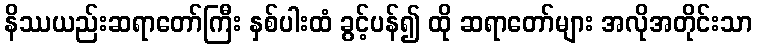
နိဿယည်းဆရာတော်ကြီး နှစ်ပါးထံ ခွင့်ပန်၍ ထို ဆရာတော်များ အလိုအတိုင်းသာ